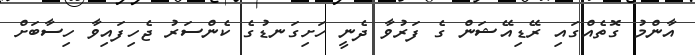
އާންމު ގޮތެއްގައި ރޭޑިއޭޝަން ގެ ފަރުވާ ދެނީ ހަށިގަނޑުގެ ކެންސަރު ޖެހިފައިވާ ހިސާބަށް